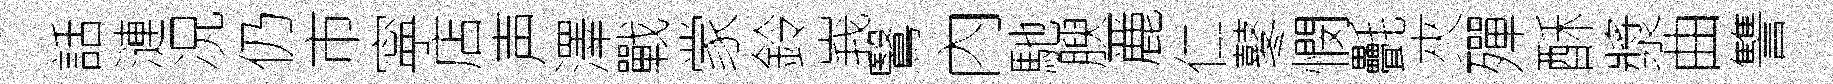
話漣况仍市寜店声澤戰䝉鈴峩鷖內馳腴䴡仁鼕憫㲲夾殫酥漿曲讐